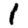
Digit: 1